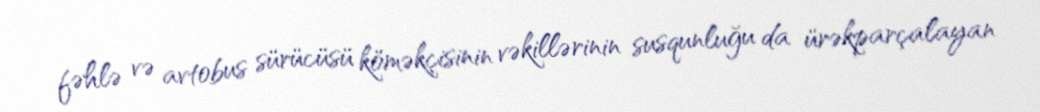
fəhlə və avtobus sürücüsü köməkçisinin vəkillərinin susqunluğu da ürəkparçalayan